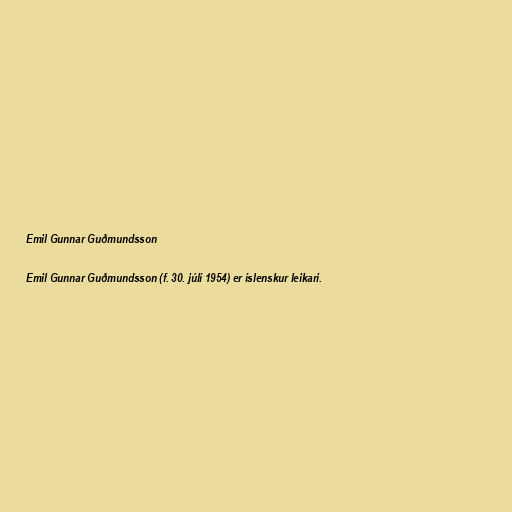
Emil Gunnar Guðmundsson

Emil Gunnar Guðmundsson (f. 30. júlí 1954) er íslenskur leikari.